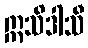
ဣသိဒါသီ